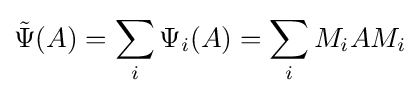
{\tilde {\Psi }}(A)=\sum _{i}\Psi _{i}(A)=\sum _{i}M_{i}AM_{i}